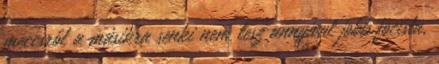
meccsről a másikra senki nem lesz annyival jobb focista.